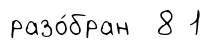
разо́бран 8 1